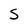
Character: S